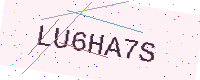
Text: LU6HA7S